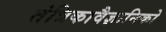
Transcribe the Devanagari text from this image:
तंत्रिकावैज्ञानिको